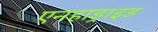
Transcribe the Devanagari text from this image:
एनहाड्राइड